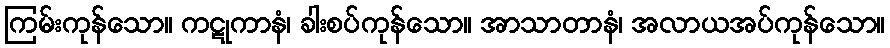
ကြမ်းကုန်သော။ ကဋုကာနံ၊ ခါးစပ်ကုန်သော။ အာသာတာနံ၊ အလာယအပ်ကုန်သော။